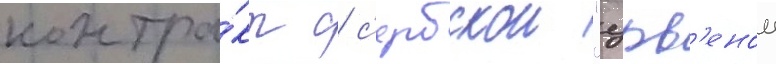
контра́кт с с'ербскои "црв'енои